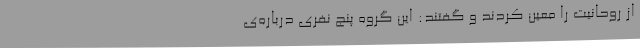
از روحانیت‌ را معین‌ کردند و گفتند: این‌ گروه‌ پنج‌ نفری‌ درباره‌ی‌